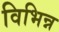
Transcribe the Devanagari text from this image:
विभिन्न